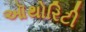
ઑથોરિટી